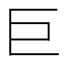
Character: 巨